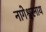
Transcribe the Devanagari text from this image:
नागेश्वरनाथ